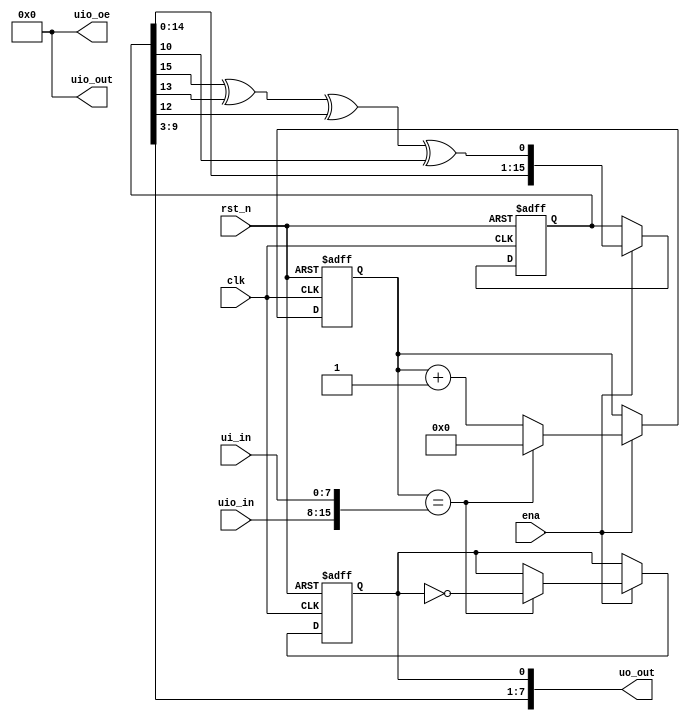
module tt_um_clkdiv (
	// These are the required wire for gds, do not change
    input  wire [7:0] ui_in,    // Dedicated inputs - connected to the input switches
    output wire [7:0] uo_out,   // Dedicated outputs - connected to the 7 segment display
    input  wire [7:0] uio_in,   // IOs: Bidirectional Input path
    output wire [7:0] uio_out,  // IOs: Bidirectional Output path
    output wire [7:0] uio_oe,   // IOs: Bidirectional Enable path (active high: 0=input, 1=output)
    input  wire       ena,      // will go high when the design is enabled
    input  wire       clk,      // clock
    input  wire       rst_n     // reset_n - low to reset

);

// Clock Divider
reg [15:0] counter; // 16-bit register to hold the counter value
reg        div_clk;  // Divided clock signal

// Random Number Generator
reg [15:0] lfsr; // 16-bit LFSR

// Microcontroller
//wire [7:0] microcontroller_out;
//wire [7:0] microcontroller_control;
    
/*microcontroller mcu (
    .clk(clk),
    .rst(rst_n),
    .ena(ena),
    .uio_in(uio_in[7:0]),
	 .uio_out(microcontroller_out),
    .uio_oe(microcontroller_control)
);*/


// Clock Divider Logic
always @(posedge clk or negedge rst_n) begin
    if (!rst_n) begin
        counter <= 16'd0;  // Reset the counter to 0 if the reset signal is low
        div_clk <= 0;      // Also set the divided clock to low
    end else if (ena) begin
        if (counter == {uio_in, ui_in}) begin
            counter <= 16'd0; // Reset the counter when it reaches the divide value
            div_clk <= ~div_clk; // Toggle the divided clock
        end else
            counter <= counter + 16'd1; // Increment the counter at each clock cycle
    end
end

// Random Number Generator Logic
always @(posedge clk or negedge rst_n) begin
    if (!rst_n) begin
        lfsr <= 16'h5555; // Reset the LFSR to some non-zero value
    end else if (ena) begin
        lfsr <= {lfsr[14:0], lfsr[15] ^ lfsr[13] ^ lfsr[12] ^ lfsr[10]}; // Feedback polynomial for 16-bit maximal length LFSR
    end
end

assign uio_oe = 8'b0; // Set all bits of uio_oe to 0 (input mode)
assign uo_out[0] = div_clk; // Assign the divided clock to the output
assign uo_out[7:1] = lfsr[9:3]; // Assign a subset of the random number to the output

assign uio_out = 8'b0; // Set all bits of uio_out to 0 (Not in use)
	 
//assign uio_out[7:0] = microcontroller_out; 
//assign uio_oe[7:0] = microcontroller_control;

endmodule